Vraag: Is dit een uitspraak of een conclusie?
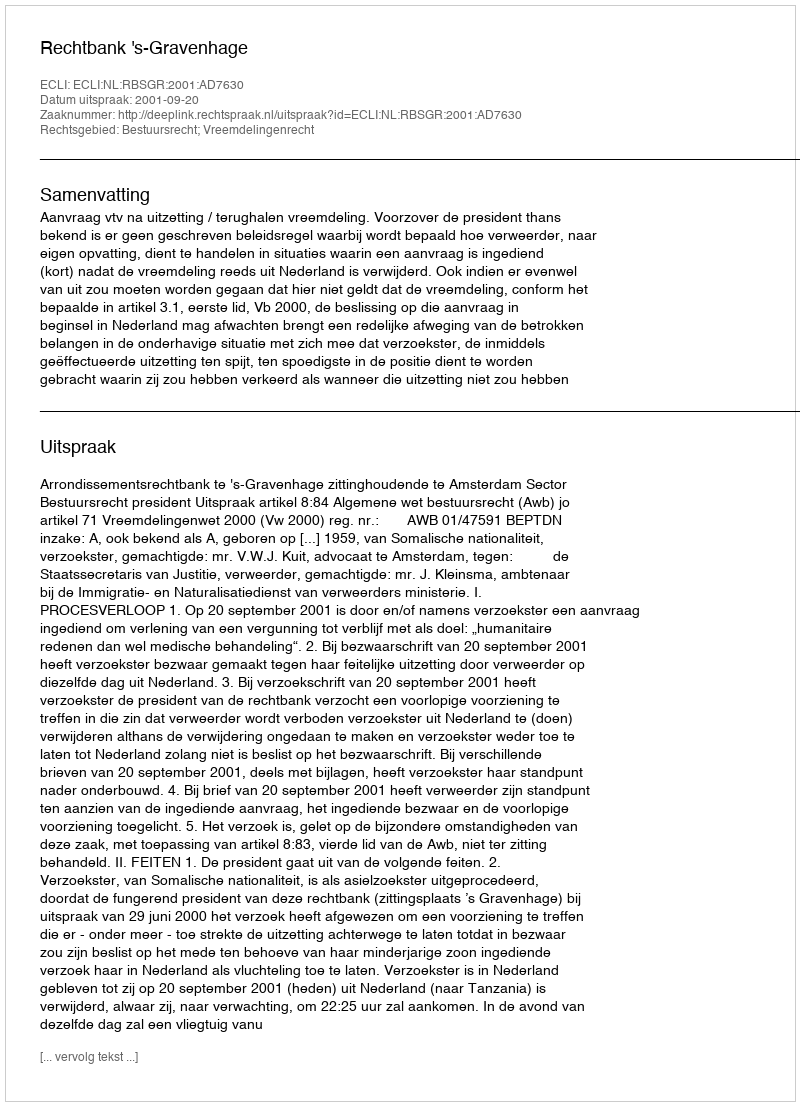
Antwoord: Uitspraak